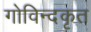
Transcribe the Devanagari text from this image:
गोविन्दकृत